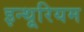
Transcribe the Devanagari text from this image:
इन्थूरियम